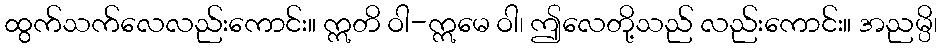
ထွက်သက်လေလည်းကောင်း။ ဣတိ ဝါ-ဣမေ ဝါ၊ ဤလေတို့သည် လည်းကောင်း။ အညမ္ပိ၊